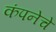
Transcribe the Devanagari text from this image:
कंपनेचे